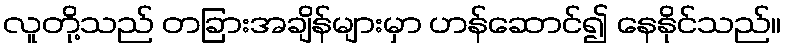
လူတို့သည် တခြားအချိန်များမှာ ဟန်ဆောင်၍ နေနိုင်သည်။